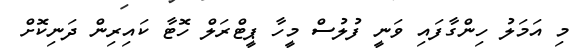
މި އަމަލު ހިންގާފައި ވަނީ ފުލުސް މީހާ ޕީޓްރަލް ހޮޓާ ކައިރިން ދަނިކޮށް